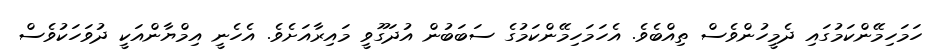
ހަމަހިމޭންކަމުގައި ދެމީހުންވެސް ތިއްބެވެ. އެހަމަހިމޭންކަމުގެ ސަބަބުން އުދަގޫވީ މައިރާއަށެވެ. އެހެނީ އިމްޔާންއަކީ ދުވަހަކުވެސް